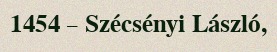
1454 – Szécsényi László,